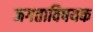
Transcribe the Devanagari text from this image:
जगताविषयक